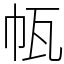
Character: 㼙